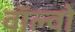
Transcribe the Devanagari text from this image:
वाॅल्वो